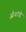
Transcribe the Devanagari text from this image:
ओकांपो